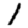
Digit: 1